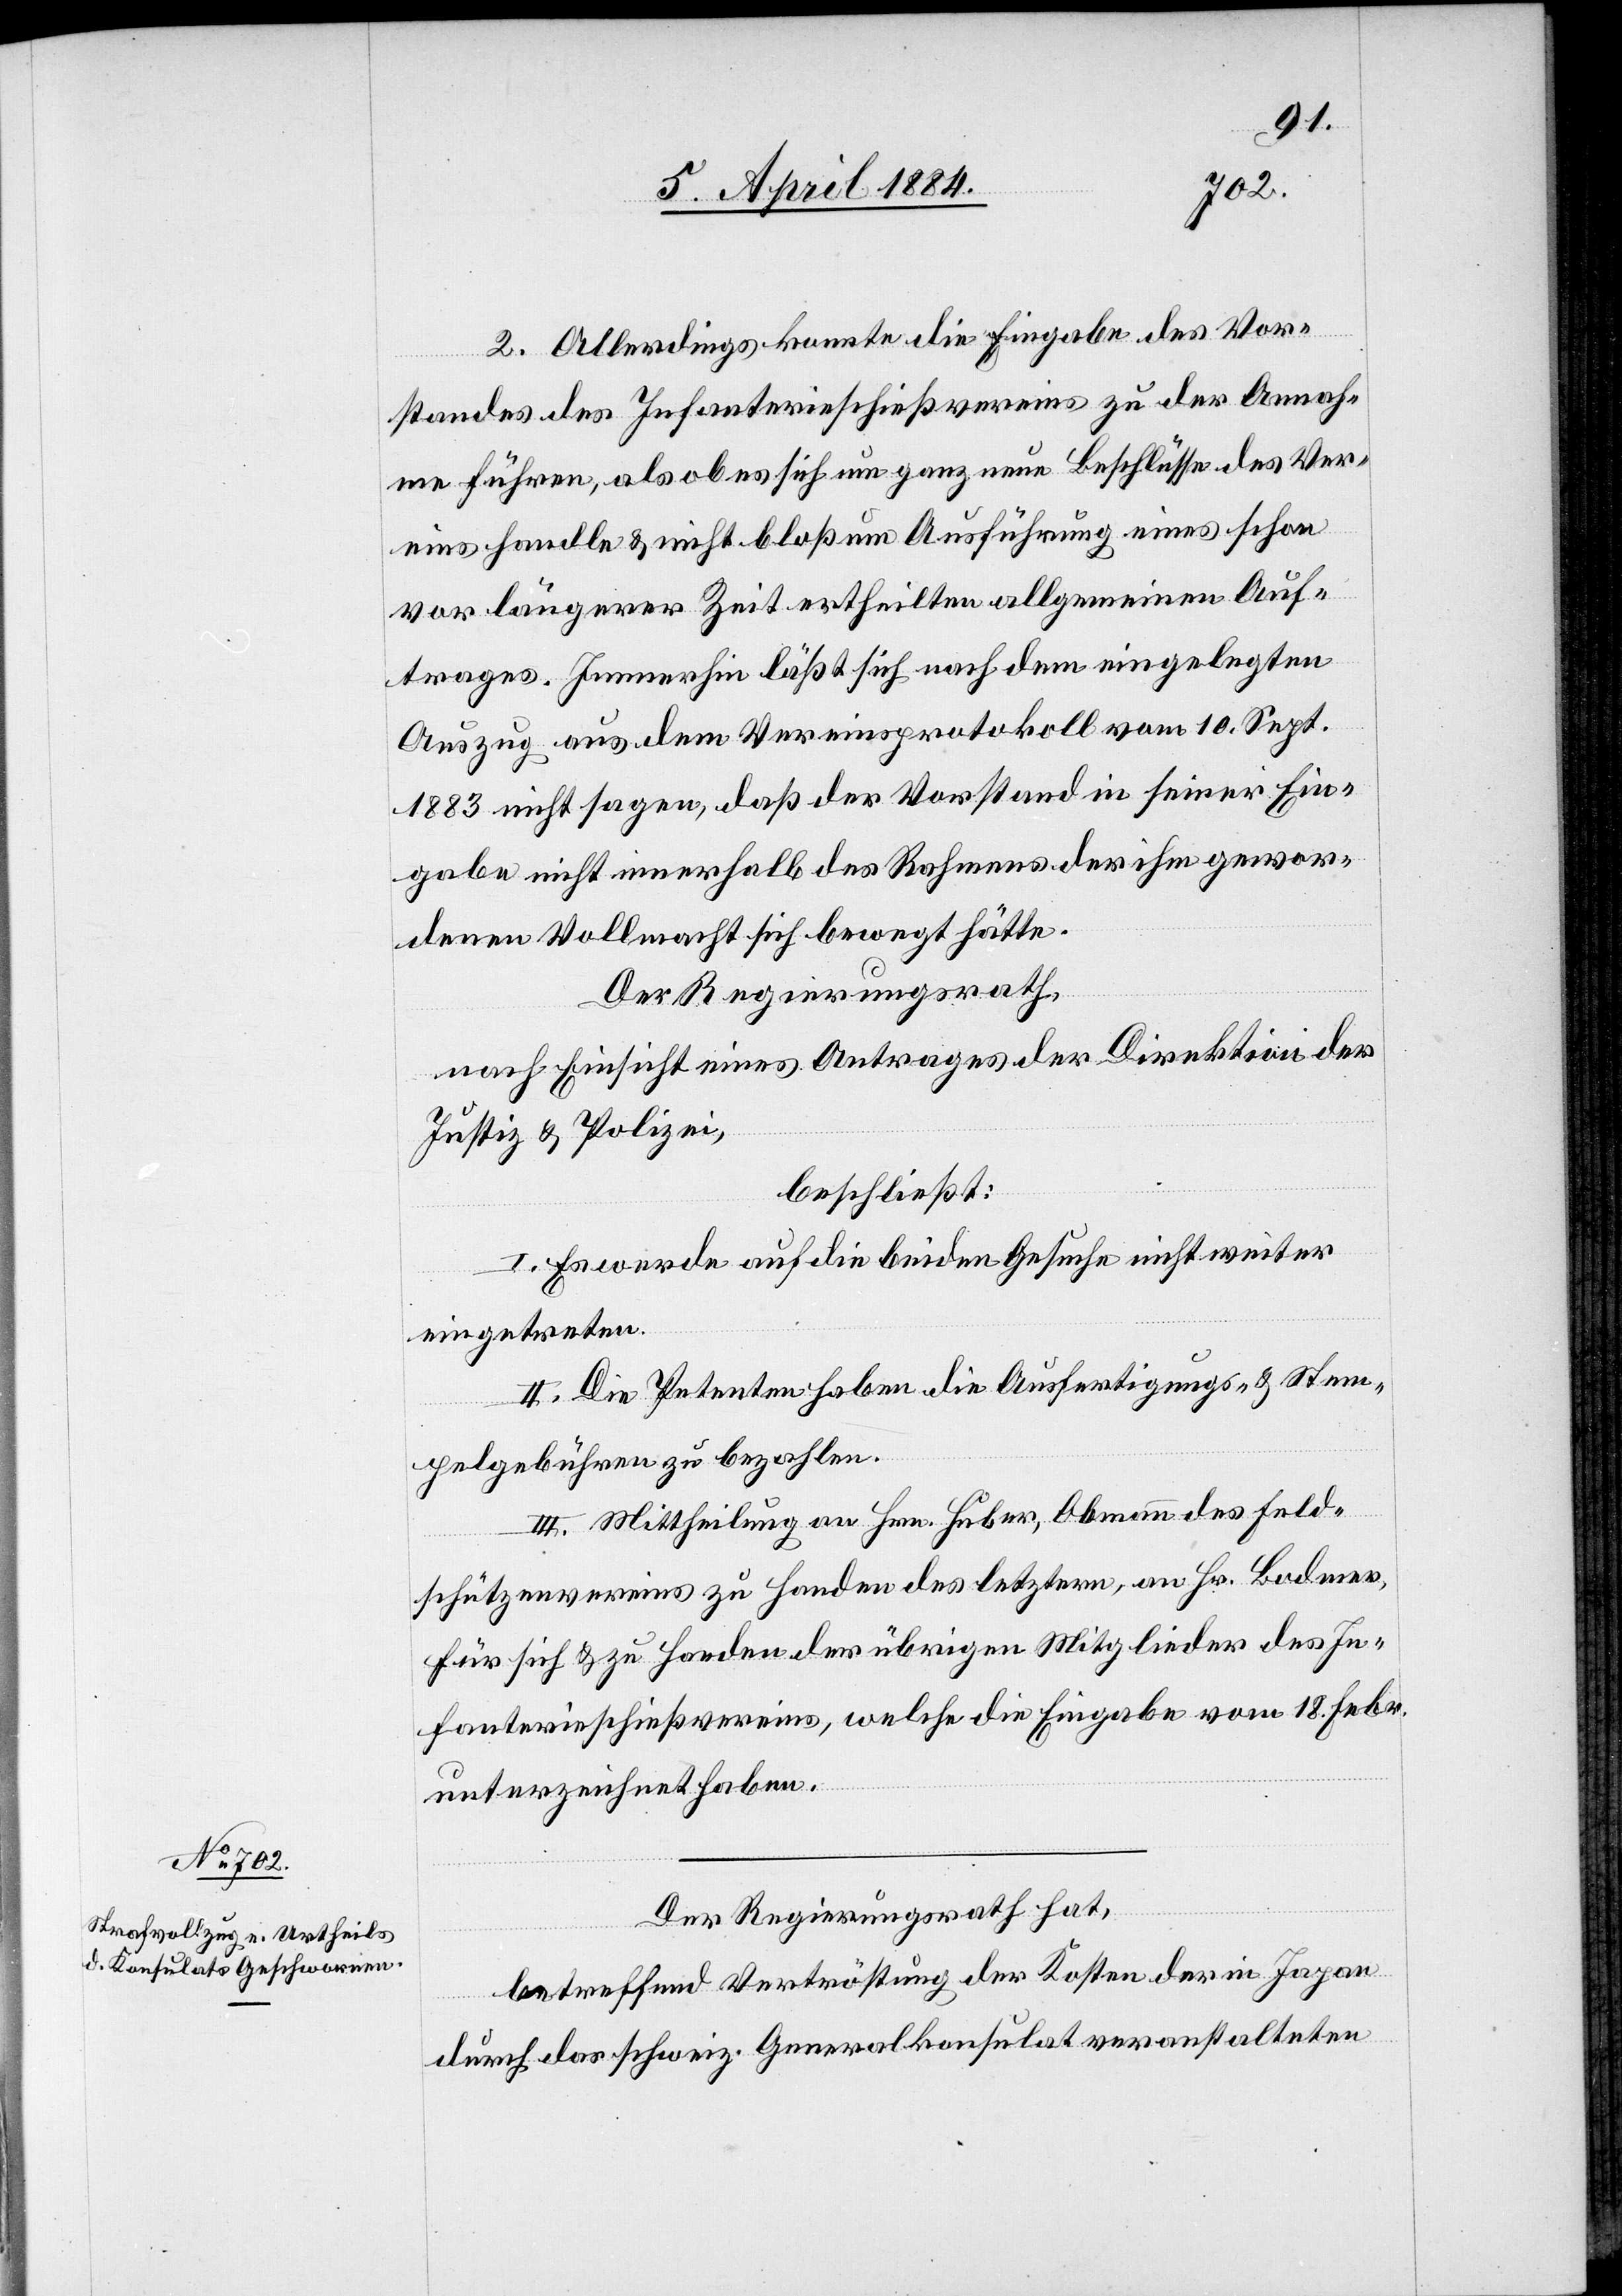
Der Regierungsrath hat,
betreffend Vertröstung der Kosten der in Japan
durch das schweiz. Generalkonsulat veranstalteten